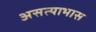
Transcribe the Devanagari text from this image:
असत्याभास